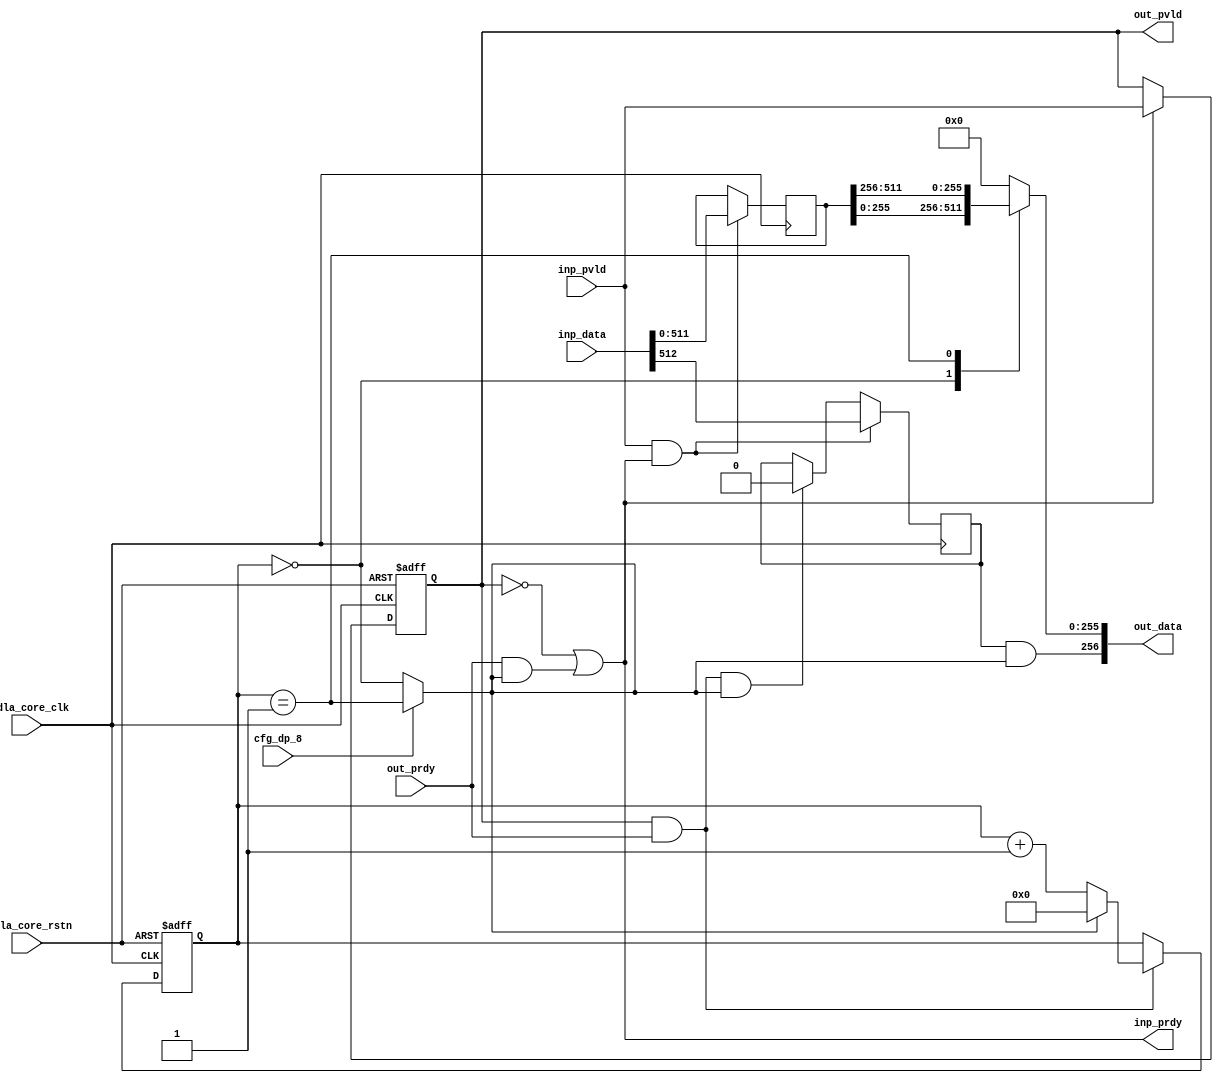
// This program was cloned from: https://github.com/TILOS-AI-Institute/MacroPlacement
// License: BSD 3-Clause "New" or "Revised" License

// ================================================================
// NVDLA Open Source Project
//
// Copyright(c) 2016 - 2017 NVIDIA Corporation. Licensed under the
// NVDLA Open Hardware License; Check "LICENSE" which comes with
// this distribution for more information.
// ================================================================
module NV_NVDLA_SDP_RDMA_pack (
   nvdla_core_clk
  ,nvdla_core_rstn
  ,cfg_dp_8
  ,inp_pvld
  ,inp_data
  ,inp_prdy
  ,out_pvld
  ,out_data
  ,out_prdy
);
parameter IW = 512; //data width
parameter CW = 1; //control width  
parameter OW = 256;
parameter RATIO = IW/OW;
input nvdla_core_clk;
input nvdla_core_rstn;
input cfg_dp_8;
input inp_pvld;
output inp_prdy;
input [IW+CW-1:0] inp_data;
output out_pvld;
input out_prdy;
output [OW+CW-1:0] out_data;
reg [CW-1:0] ctrl_done;
wire [CW-1:0] ctrl_end;
reg [IW-1:0] pack_data;
reg pack_pvld;
wire pack_prdy;
wire inp_acc;
wire out_acc;
wire is_pack_last;
reg [OW-1:0] mux_data;
assign out_data = {ctrl_end,mux_data};
assign pack_prdy = out_prdy;
assign out_pvld = pack_pvld;
assign inp_prdy = (!pack_pvld) | (pack_prdy & is_pack_last);
always @(posedge nvdla_core_clk or negedge nvdla_core_rstn) begin
  if (!nvdla_core_rstn)
    pack_pvld <= 1'b0;
  else if (inp_prdy)
    pack_pvld <= inp_pvld;
end
assign inp_acc = inp_pvld & inp_prdy;
assign out_acc = out_pvld & out_prdy;
always @(posedge nvdla_core_clk) begin
  if (inp_acc)
     ctrl_done[CW-1:0] <= inp_data[IW+CW-1:IW];
  else if (out_acc & is_pack_last)
     ctrl_done[CW-1:0] <= {CW{1'b0}};
end
assign ctrl_end = ctrl_done & {CW{is_pack_last}};
//push data
always @(posedge nvdla_core_clk) begin
  if (inp_acc)
    pack_data <= inp_data[IW-1:0];
end
wire [OW*16-1:0] pack_data_ext = {{(OW*16-IW){1'b0}},pack_data}; //spyglass disable W164b
reg [3:0] pack_cnt;
always @(posedge nvdla_core_clk or negedge nvdla_core_rstn) begin
  if (!nvdla_core_rstn)
    pack_cnt <= 4'h0;
  else if (out_acc) begin
    if (is_pack_last)
        pack_cnt <= 4'h0;
    else
        pack_cnt <= pack_cnt + 1;
  end
end
assign is_pack_last = !cfg_dp_8 ? (pack_cnt==RATIO/2-1) : (pack_cnt==RATIO-1);
wire [OW-1:0] pack_seg0 = pack_data_ext[((OW*0) + OW - 1):OW*0];
wire [OW-1:0] pack_seg1 = pack_data_ext[((OW*1) + OW - 1):OW*1];
wire [OW-1:0] pack_seg2 = pack_data_ext[((OW*2) + OW - 1):OW*2];
wire [OW-1:0] pack_seg3 = pack_data_ext[((OW*3) + OW - 1):OW*3];
wire [OW-1:0] pack_seg4 = pack_data_ext[((OW*4) + OW - 1):OW*4];
wire [OW-1:0] pack_seg5 = pack_data_ext[((OW*5) + OW - 1):OW*5];
wire [OW-1:0] pack_seg6 = pack_data_ext[((OW*6) + OW - 1):OW*6];
wire [OW-1:0] pack_seg7 = pack_data_ext[((OW*7) + OW - 1):OW*7];
wire [OW-1:0] pack_seg8 = pack_data_ext[((OW*8) + OW - 1):OW*8];
wire [OW-1:0] pack_seg9 = pack_data_ext[((OW*9) + OW - 1):OW*9];
wire [OW-1:0] pack_seg10 = pack_data_ext[((OW*10) + OW - 1):OW*10];
wire [OW-1:0] pack_seg11 = pack_data_ext[((OW*11) + OW - 1):OW*11];
wire [OW-1:0] pack_seg12 = pack_data_ext[((OW*12) + OW - 1):OW*12];
wire [OW-1:0] pack_seg13 = pack_data_ext[((OW*13) + OW - 1):OW*13];
wire [OW-1:0] pack_seg14 = pack_data_ext[((OW*14) + OW - 1):OW*14];
wire [OW-1:0] pack_seg15 = pack_data_ext[((OW*15) + OW - 1):OW*15];
generate
if(RATIO == 1) begin
always @( pack_seg0) begin
     mux_data = pack_seg0;
end
end
else if(RATIO == 2) begin
always @(
  pack_cnt
  or pack_seg0
  or pack_seg1
  ) begin
    case (pack_cnt)
     0: mux_data = pack_seg0;
     1: mux_data = pack_seg1;
    default : mux_data = {OW{1'b0}};
    endcase
end
end
else if(RATIO == 4) begin
always @(
  pack_cnt
  or pack_seg0
  or pack_seg1
  or pack_seg2
  or pack_seg3
  ) begin
    case (pack_cnt)
     0: mux_data = pack_seg0;
     1: mux_data = pack_seg1;
     2: mux_data = pack_seg2;
     3: mux_data = pack_seg3;
    default : mux_data = {OW{1'b0}};
    endcase
end
end
else if (RATIO == 8) begin
always @(
  pack_cnt
  or pack_seg0
  or pack_seg1
  or pack_seg2
  or pack_seg3
  or pack_seg4
  or pack_seg5
  or pack_seg6
  or pack_seg7
  ) begin
    case (pack_cnt)
     0: mux_data = pack_seg0;
     1: mux_data = pack_seg1;
     2: mux_data = pack_seg2;
     3: mux_data = pack_seg3;
     4: mux_data = pack_seg4;
     5: mux_data = pack_seg5;
     6: mux_data = pack_seg6;
     7: mux_data = pack_seg7;
    default : mux_data = {OW{1'b0}};
    endcase
end
end
else if (RATIO == 16) begin
always @(
  pack_cnt
  or pack_seg0
  or pack_seg1
  or pack_seg2
  or pack_seg3
  or pack_seg4
  or pack_seg5
  or pack_seg6
  or pack_seg7
  or pack_seg8
  or pack_seg9
  or pack_seg10
  or pack_seg11
  or pack_seg12
  or pack_seg13
  or pack_seg14
  or pack_seg15
  ) begin
    case (pack_cnt)
     0: mux_data = pack_seg0;
     1: mux_data = pack_seg1;
     2: mux_data = pack_seg2;
     3: mux_data = pack_seg3;
     4: mux_data = pack_seg4;
     5: mux_data = pack_seg5;
     6: mux_data = pack_seg6;
     7: mux_data = pack_seg7;
     8: mux_data = pack_seg8;
     9: mux_data = pack_seg9;
     10: mux_data = pack_seg10;
     11: mux_data = pack_seg11;
     12: mux_data = pack_seg12;
     13: mux_data = pack_seg13;
     14: mux_data = pack_seg14;
     15: mux_data = pack_seg15;
    default : mux_data = {OW{1'b0}};
    endcase
end
end
endgenerate
endmodule // NV_NVDLA_SDP_RDMA_pack